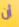
أن